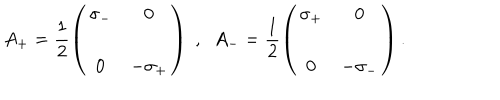
A _ { + } = \frac { 1 } { 2 } \left( \begin{array} { c c } { { \sigma _ { - } } } & { { 0 } } \\ { { 0 } } & { { - \sigma _ { + } } } \\ \end{array} \right) \; , \; \; A _ { - } = \frac { 1 } { 2 } \left( \begin{array} { c c } { { \sigma _ { + } } } & { { 0 } } \\ { { 0 } } & { { - \sigma _ { - } } } \\ \end{array} \right) .